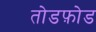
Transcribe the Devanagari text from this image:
तोडफ़ोड